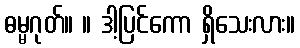
ဓမ္မဂုတ်။ ။ ဒါ့ပြင်ကော ရှိသေးလား။